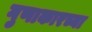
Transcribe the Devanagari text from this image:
गुणाकारच्या